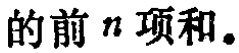
的前 \(n\) 项和。